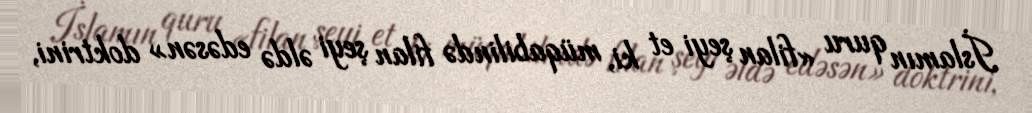
İslamın quru «filan şeyi et ki, müqabilində filan şeyi əldə edəsən» doktrini,